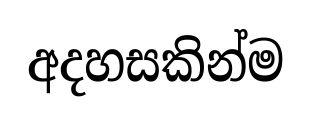
අදහසකින්ම